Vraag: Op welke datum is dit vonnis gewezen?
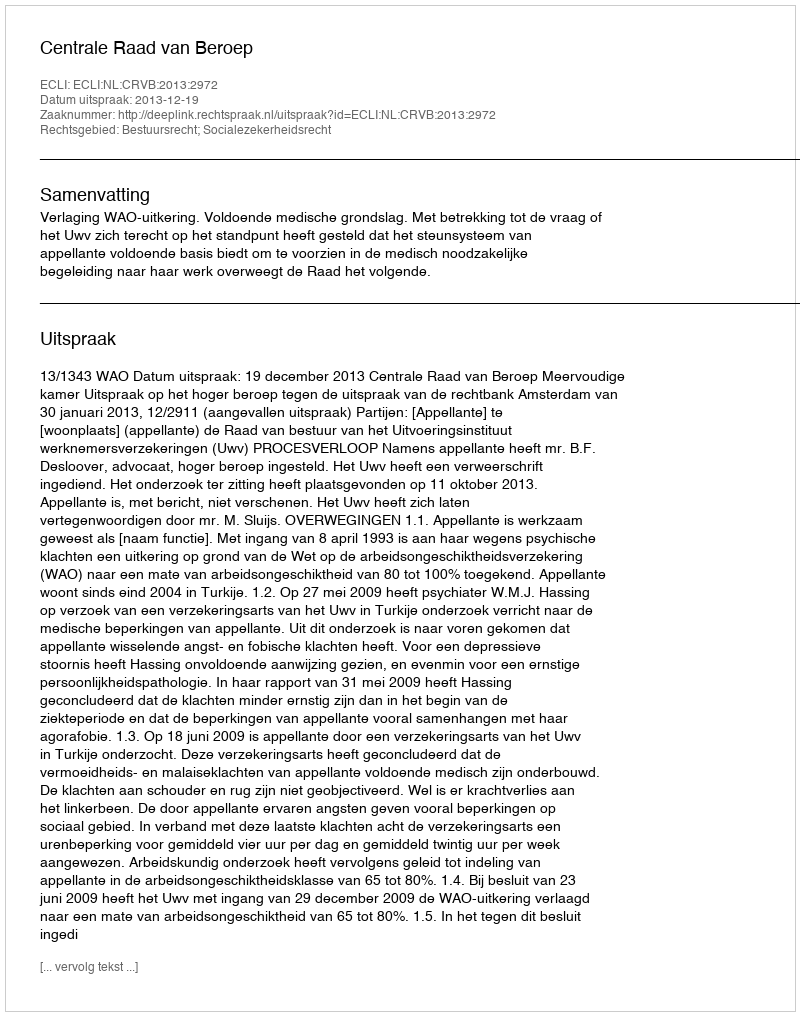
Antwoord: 2013-12-19